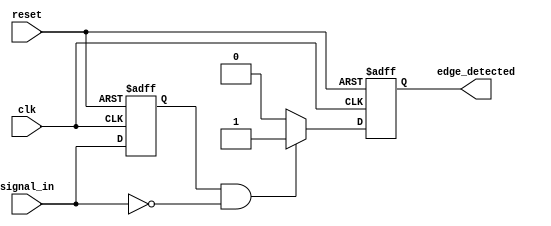
module negative_edge_detector (
    input wire clk,            // Clock signal
    input wire reset,          // Reset signal
    input wire signal_in,      // Input signal to detect edges
    output reg edge_detected    // Output signal indicating edge detection
);

    reg signal_in_prev;        // Memory element to store previous state of signal_in

    // Sequential logic to handle reset and state updates
    always @(posedge clk or posedge reset) begin
        if (reset) begin
            signal_in_prev <= 1'b0; // Initialize previous state to low
            edge_detected <= 1'b0;   // Initialize edge detected to low
        end else begin
            // Edge detection logic
            if (signal_in_prev == 1'b1 && signal_in == 1'b0) begin
                edge_detected <= 1'b1; // Negative edge detected
            end else begin
                edge_detected <= 1'b0; // No edge detected
            end
            
            // Update previous state
            signal_in_prev <= signal_in;
        end
    end

endmodule